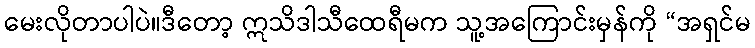
မေးလိုတာပါပဲ။ဒီတော့ ဣသိဒါသီထေရီမက သူ့အကြောင်းမှန်ကို “အရှင်မ